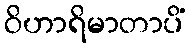
ဝိဟာရိမာတာပိံ